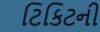
ટિકિટની